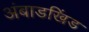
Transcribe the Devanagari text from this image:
अंबाडखिंड